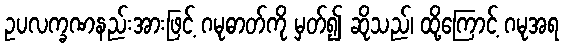
ဥပလက္ခဏနည်းအားဖြင့် ဂမုဓာတ်ကို မှတ်၍ ဆိုသည်၊ ထို့ကြောင့် ဂမုအရ